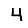
Digit: 4